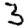
Digit: 3